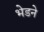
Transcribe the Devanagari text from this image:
भेडने